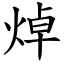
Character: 焯